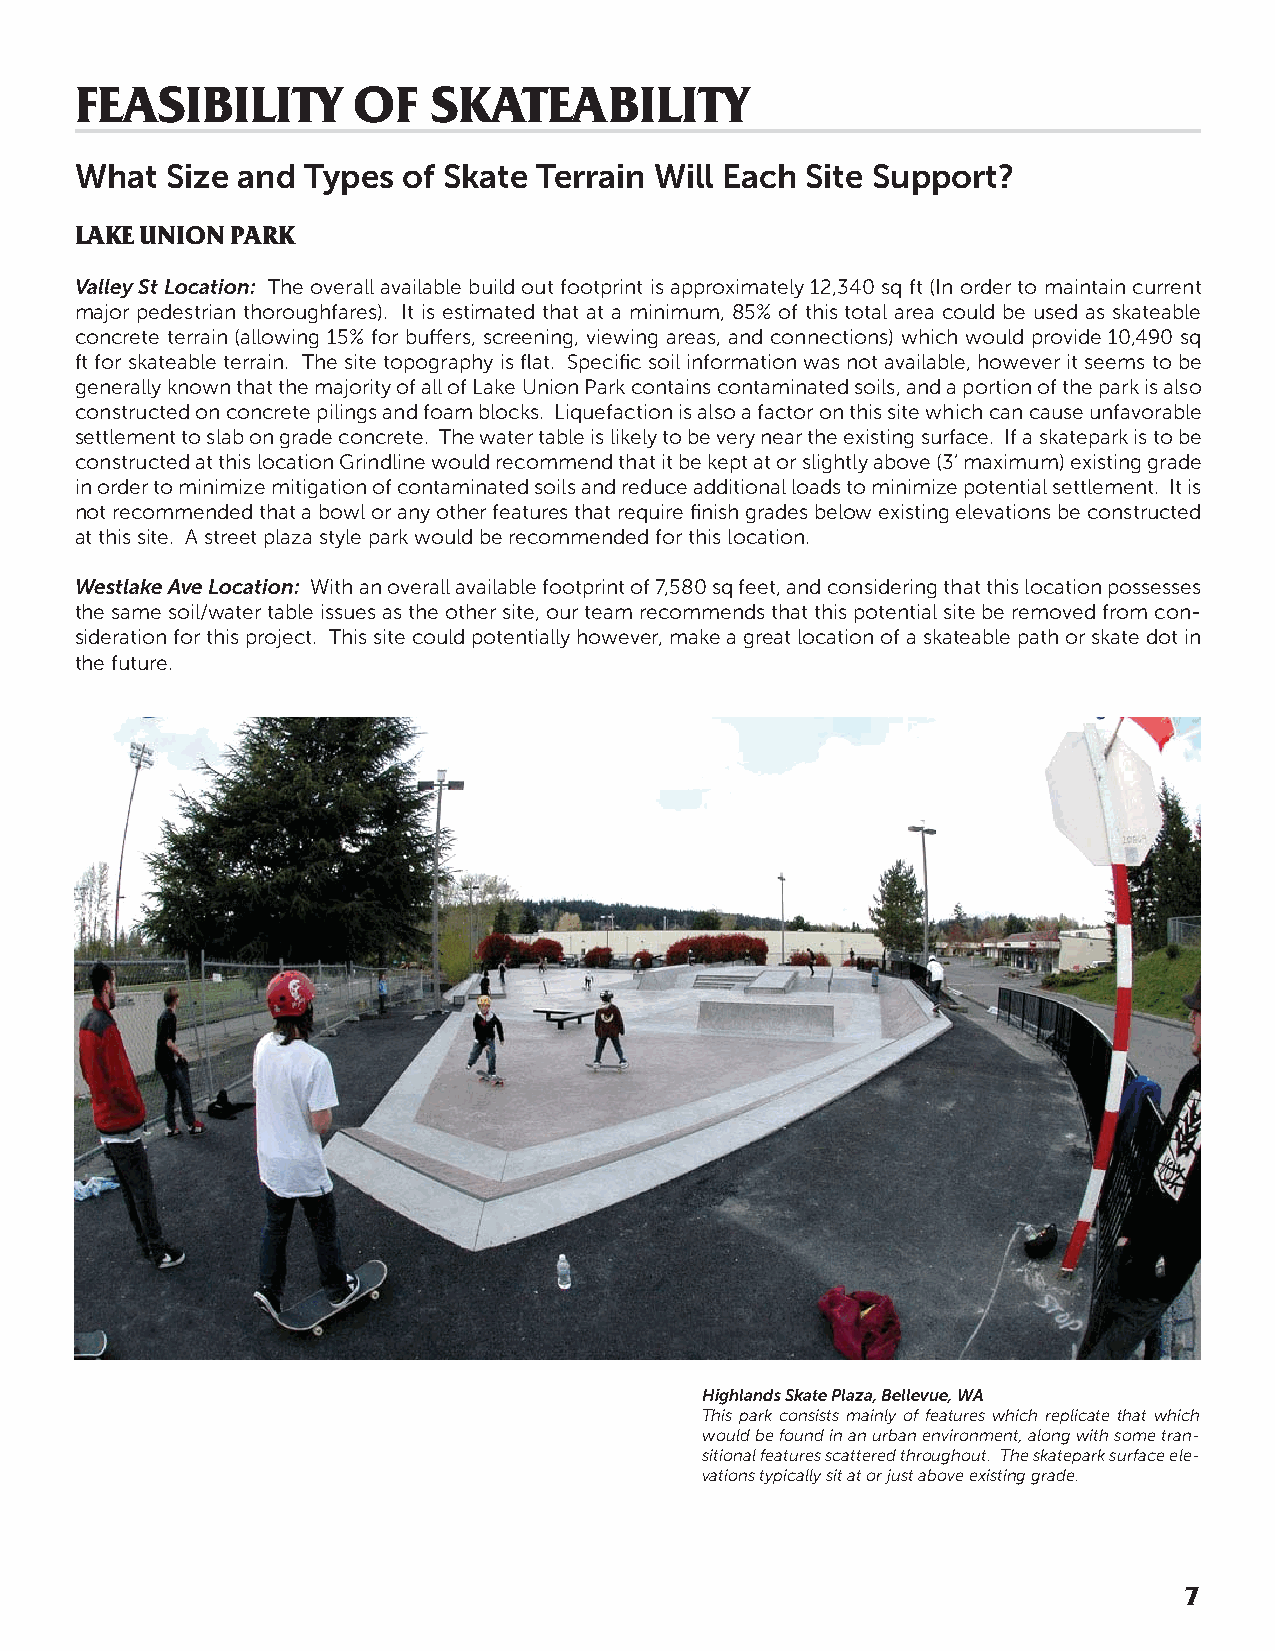
FEASIBILITY       OF    SKATEABILITY
 What  Size and Types  of Skate Terrain Will Each Site Support?
 LAKE UNION PARK
 Valley St Location: The overall available build out footprint is approximately 12,340 sq ft (In order to maintain current
 major pedestrian thoroughfares). It is estimated that at a minimum, 85% of this total area could be used as skateable
 concrete terrain (allowing 15% for buff ers, screening, viewing areas, and connections) which would provide 10,490 sq
 ft for skateable terrain. The site topography is fl at. Specifi c soil information was not available, however it seems to be
 generally known that the majority of all of Lake Union Park contains contaminated soils, and a portion of the park is also
 constructed on concrete pilings and foam blocks. Liquefaction is also a factor on this site which can cause unfavorable
 settlement to slab on grade concrete. The water table is likely to be very near the existing surface. If a skatepark is to be
 constructed at this location Grindline would recommend that it be kept at or slightly above (3’ maximum) existing grade
 in order to minimize mitigation of contaminated soils and reduce additional loads to minimize potential settlement. It is
 not recommended that a bowl or any other features that require fi nish grades below existing elevations be constructed
 at this site. A street plaza style park would be recommended for this location.
 Westlake Ave Location: With an overall available footprint of 7,580 sq feet, and considering that this location possesses
 the same soil/water table issues as the other site, our team recommends that this potential site be removed from con-
 sideration for this project. This site could potentially however, make a great location of a skateable path or skate dot in
 the future.
 Highlands Skate Plaza, Bellevue, WA
 This park consists mainly of features which replicate that which
 would be found in an urban environment, along with some tran-
 sitional features scattered throughout. The skatepark surface ele-
 vations typically sit at or just above existing grade.
 7